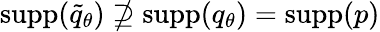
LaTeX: {\mathrm{supp}}(\widetilde{q}_{\theta})\nsupseteq{\mathrm{supp}}(q_{\theta})={\mathrm{supp}}(p)